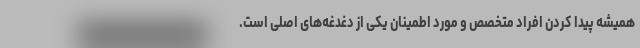
همیشه پیدا کردن افراد متخصص و مورد اطمینان یکی از دغدغه‌های اصلی است.